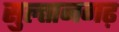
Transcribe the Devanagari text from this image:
सुल्तानगढ़